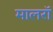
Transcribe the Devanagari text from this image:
मालरॉ